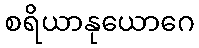
စရိယာနုယောဂေ